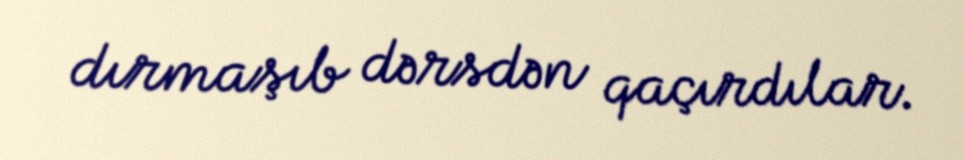
dırmaşıb dərsdən qaçırdılar.